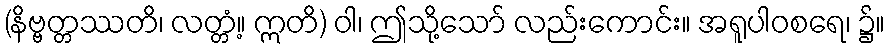
(နိဗ္ဗတ္တဿတိ၊ လတ္တံ့။ ဣတိ) ဝါ၊ ဤသို့သော် လည်းကောင်း။ အရူပါဝစရေ၊ ၌။